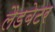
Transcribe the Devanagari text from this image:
लैडबेटर